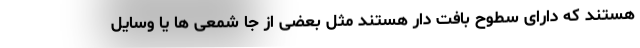
هستند که دارای سطوح بافت دار هستند مثل بعضی از جا شمعی ها یا وسایل